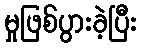
မှုဖြစ်ပွားခဲ့ပြီး